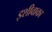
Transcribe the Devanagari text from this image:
इशीवाका